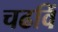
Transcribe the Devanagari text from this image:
चढविं